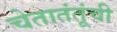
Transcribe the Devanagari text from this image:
चेतातंतूंची